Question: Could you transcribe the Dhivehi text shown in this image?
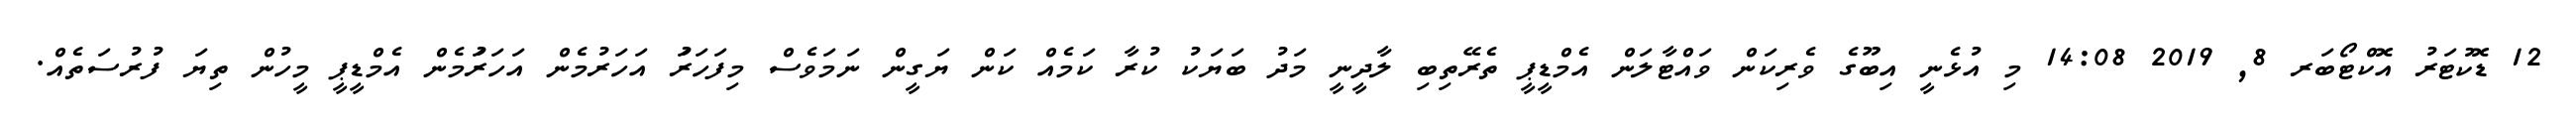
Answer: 12 ޑޮކުޓަރު އޮކްޓޯބަރ 8, 2019 14:08 މި އުޅެނީ އިބޫގެ ވެރިކަން ވައްޓާލަން އެމްޑީޕީ ތެރޭތިބި ލާދީނީ މަދު ބަޔަކު ކުރާ ކަމެއް ކަން ޔަގީން ނަމަވެސް މިފަހަރަު އަހަރުމެން އަހަރަުމެން އެމްޑީޕީ މީހުން ތިޔަ ފުރުސަތެއް.